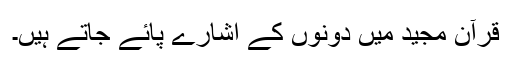
قرآن مجید میں دونوں کے اشارے پائے جاتے ہیں۔